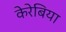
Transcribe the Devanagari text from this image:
केरेबिया